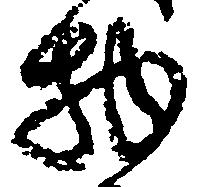
物